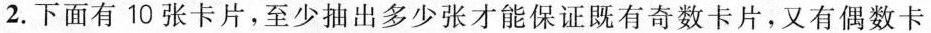
2.下面有10张卡片，至少抽出多少张才能保证既有奇数卡片，又有偶数卡